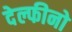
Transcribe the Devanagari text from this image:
देल्फीनो